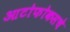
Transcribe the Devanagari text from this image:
आटोफोकसचे